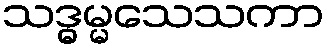
သဒ္ဓမ္မသေသကာ